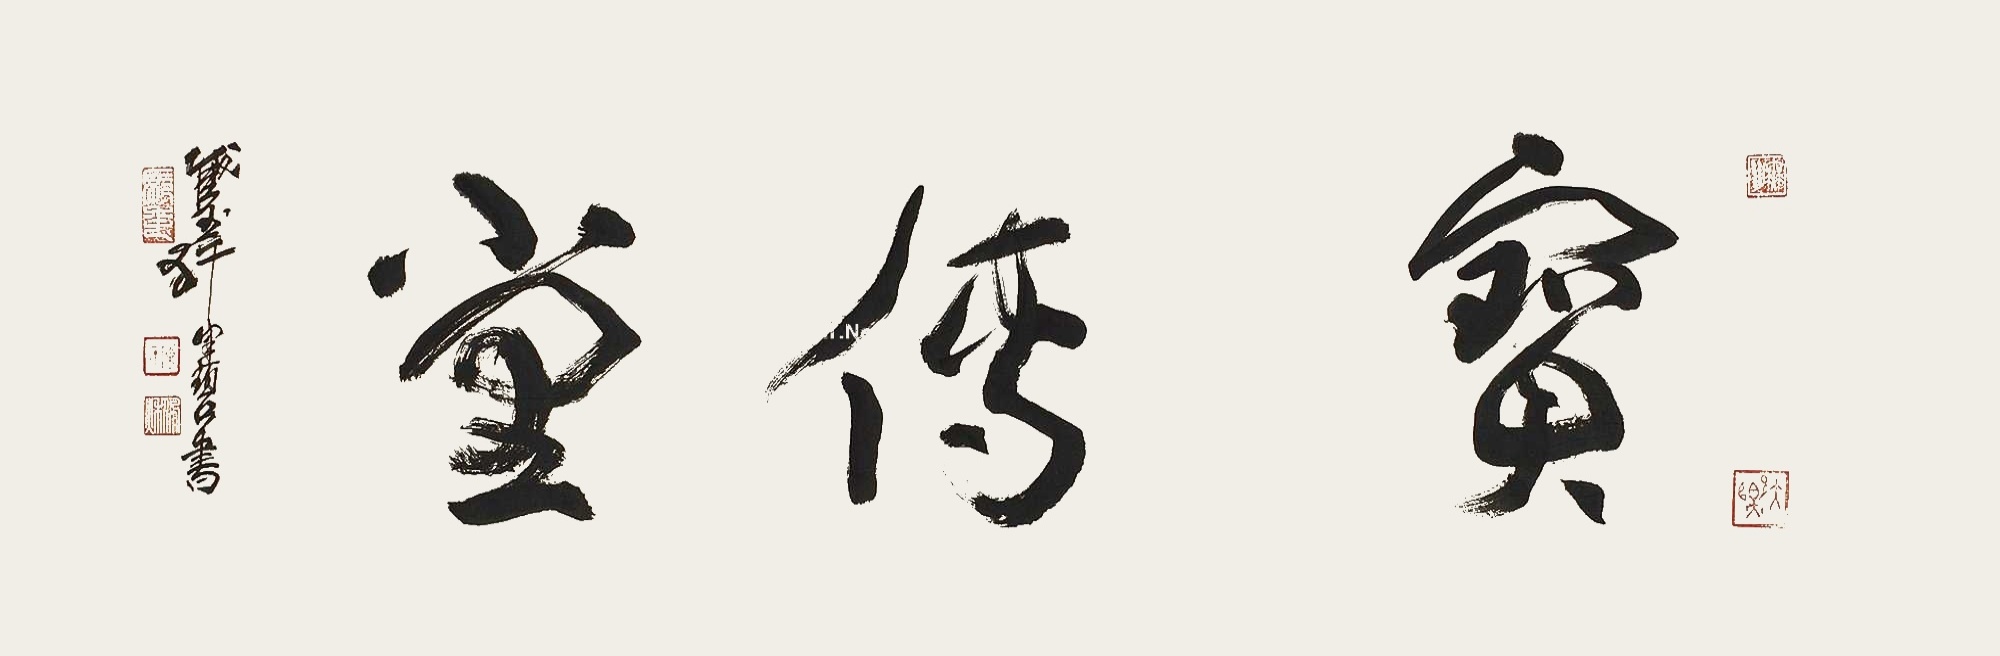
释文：宝传堂。截玉轩健碧书。